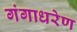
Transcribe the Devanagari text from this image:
गंगाधरेण